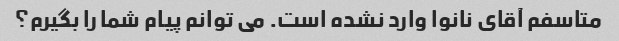
متاسفم آقای نانوا وارد نشده است. می توانم پیام شما را بگیرم؟